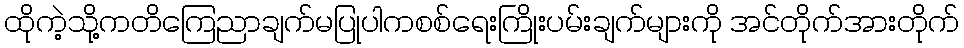
ထိုကဲ့သို့ကတိကြေညာချက်မပြုပါကစစ်ရေးကြိုးပမ်းချက်များကို အင်တိုက်အားတိုက်